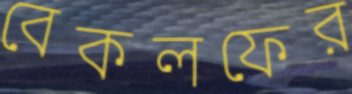
বেকলফের